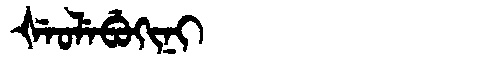
Manchu: ᡧᡝᠣᠯᡝᠪᡠᡴᡳᠨᡳ
Romanization: ŠEOLEBUKINI